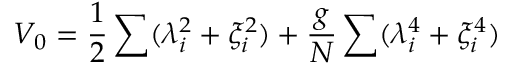
V _ { 0 } = { \frac { 1 } { 2 } } \sum ( \lambda _ { i } ^ { 2 } + \xi _ { i } ^ { 2 } ) + { \frac { g } { N } } \sum ( \lambda _ { i } ^ { 4 } + \xi _ { i } ^ { 4 } )